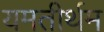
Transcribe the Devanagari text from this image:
यमतीर्थम